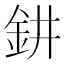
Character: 𨥙